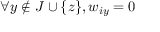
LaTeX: \forall y \notin J \cup \{ z \} , w _ { i y } = 0